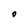
Character: o